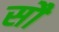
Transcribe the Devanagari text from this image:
साै